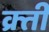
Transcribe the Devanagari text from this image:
क्र्ती